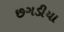
છગડીયા